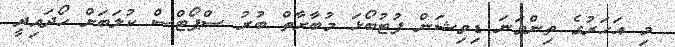
މި އަހަރުގެ ތިންވަނަ ޑިވިޝަން ފުޓުބޯޅަ މުބާރާތް ބުރު ސްޕޯޓްސް ކުލަބަށް ހޯދައިދީ